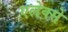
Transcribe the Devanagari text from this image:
एलेक्से